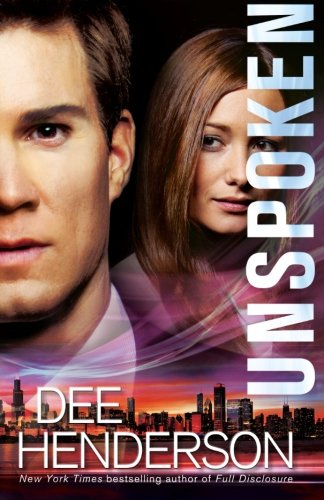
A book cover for Unspoken; Dee Henderson; Christian Books & Bibles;